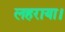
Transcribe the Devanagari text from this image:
लहराया।